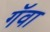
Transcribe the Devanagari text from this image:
गॅवा